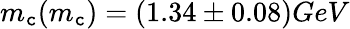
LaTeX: m_{\mathtt{c}}(m_{\mathtt{c}})=(1.34\pm0.08)GeV